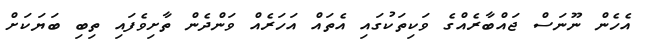
އެހެން ނޫނަސް ޖައްބާރެއްގެ ވަކިތަކުގައި އެތައް އަހަރެއް ވަންދެން ތާށިވެފައި ތިބި ބަޔަކަށް